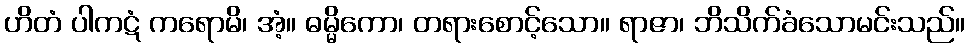
ဟိတံ ပါကဋံ ကရောမိ၊ အံ့။ ဓမ္မိကော၊ တရားစောင့်သော။ ရာဇာ၊ ဘိသိက်ခံသောမင်းသည်။